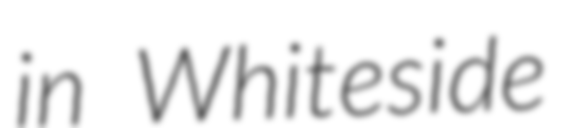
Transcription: in Whiteside